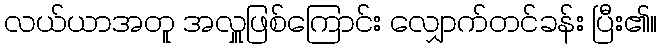
လယ်ယာအတူ အလှူဖြစ်ကြောင်း လျှောက်တင်ခန်း ပြီး၏။